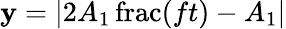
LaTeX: \mathbf{y}=\left|2A_{1}\operatorname{frac}(ft)-A_{1}\right|